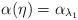
LaTeX: \begin{align*}\alpha(\eta)=\alpha_{\lambda_1}\end{align*}